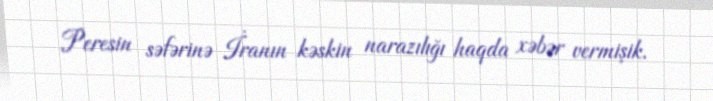
Peresin səfərinə İranın kəskin narazılığı haqda xəbər vermişik.